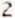
2